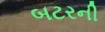
બટરની